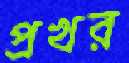
প্রখর